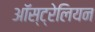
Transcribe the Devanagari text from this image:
आॅस्ट्रेलियन